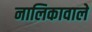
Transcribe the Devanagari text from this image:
नालिकावाले